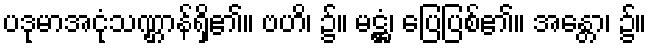
ပဒုမာအငုံသဏ္ဌာန်ရှိ၏။ ဗဟိ၊ ၌။ မဋ္ဌံ၊ ပြေပြစ်၏။ အန္တော၊ ၌။